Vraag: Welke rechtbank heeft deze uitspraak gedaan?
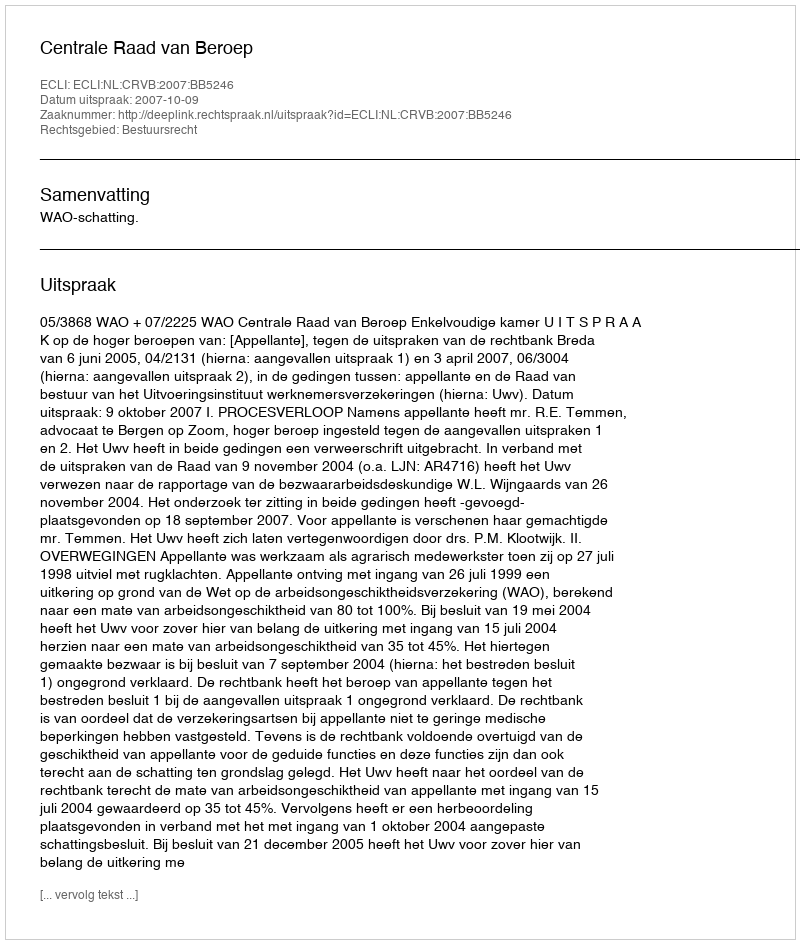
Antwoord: Centrale Raad van Beroep